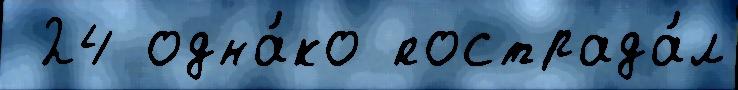
 24 одна́ко пострада́л